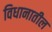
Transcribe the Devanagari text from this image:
विधानातील